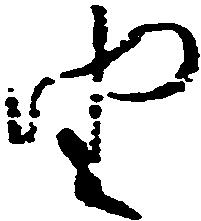
由